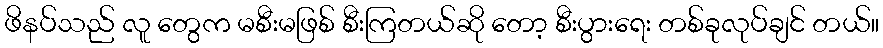
ဖိနပ်သည် လူ တွေက မစီးမဖြစ် စီးကြတယ်ဆို တော့ စီးပွားရေး တစ်ခုလုပ်ချင် တယ်။